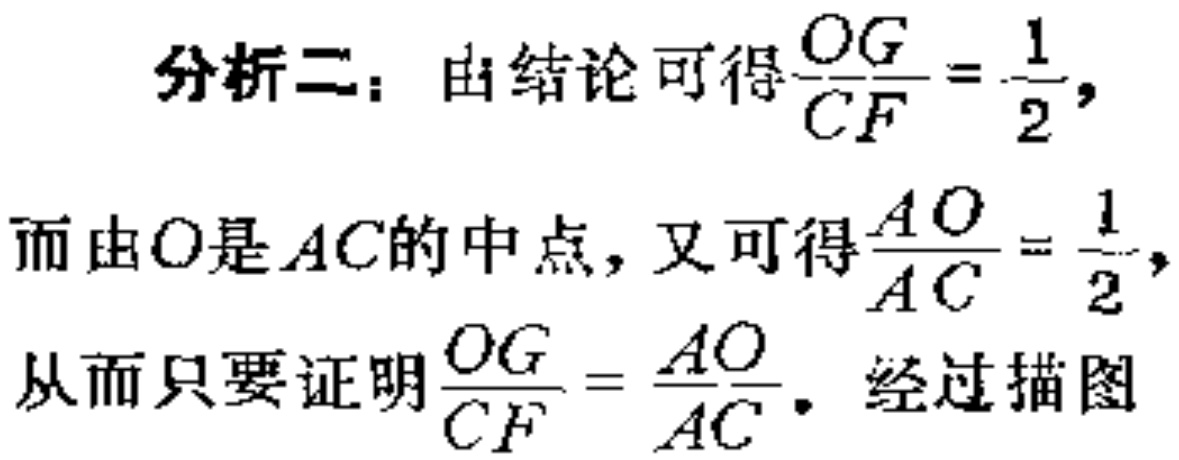
分析二：由结论可得$\frac{OG}{CF}=\frac{1}{2},$
而由$O$是$AC$的中点，又可得$\frac{AO}{AC}=\frac{1}{2},$
从而只要证明$\frac{OG}{CF}=\frac{AO}{AC}.$ 经过描图